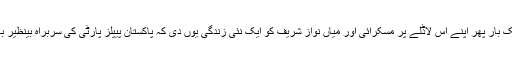
قدرت بھی ایک بار پھر اپنے اس لاڈلے پر مسکرائی اور میاں نواز شریف کو ایک نئی زندگی یوں دی کہ پاکستان پیپلز پارٹی کی سربراہ بینظیر بھٹو قتل ہوئیں۔